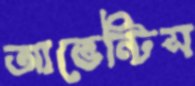
আভেন্টিস